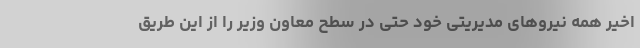
اخیر همه نیروهای مدیریتی خود حتی در سطح معاون وزیر را از این طریق